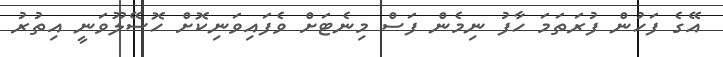
އޭގެ ފަހުން ފުރަތަމަ ހާފު ނިމެން ފަސް މިނެޓަށް ވެފައިވަނިކޮށް ހޮސޭލޫވަނީ އިތުރު